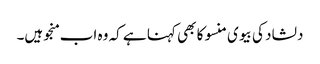
دلشاد کی بیوی منسو کا بھی کہنا ہے کہ وہ اب منجو ہیں۔